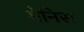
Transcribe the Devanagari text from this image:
मेनिस